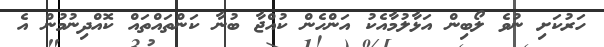
ހަރުކަށި ނުވެ ލޯބިން އަޅާލުމާއެކު އަންހެން ކުއްޖާ ބުނާ ކަންތައްތައް ކޮއްދިނުމުން އެ